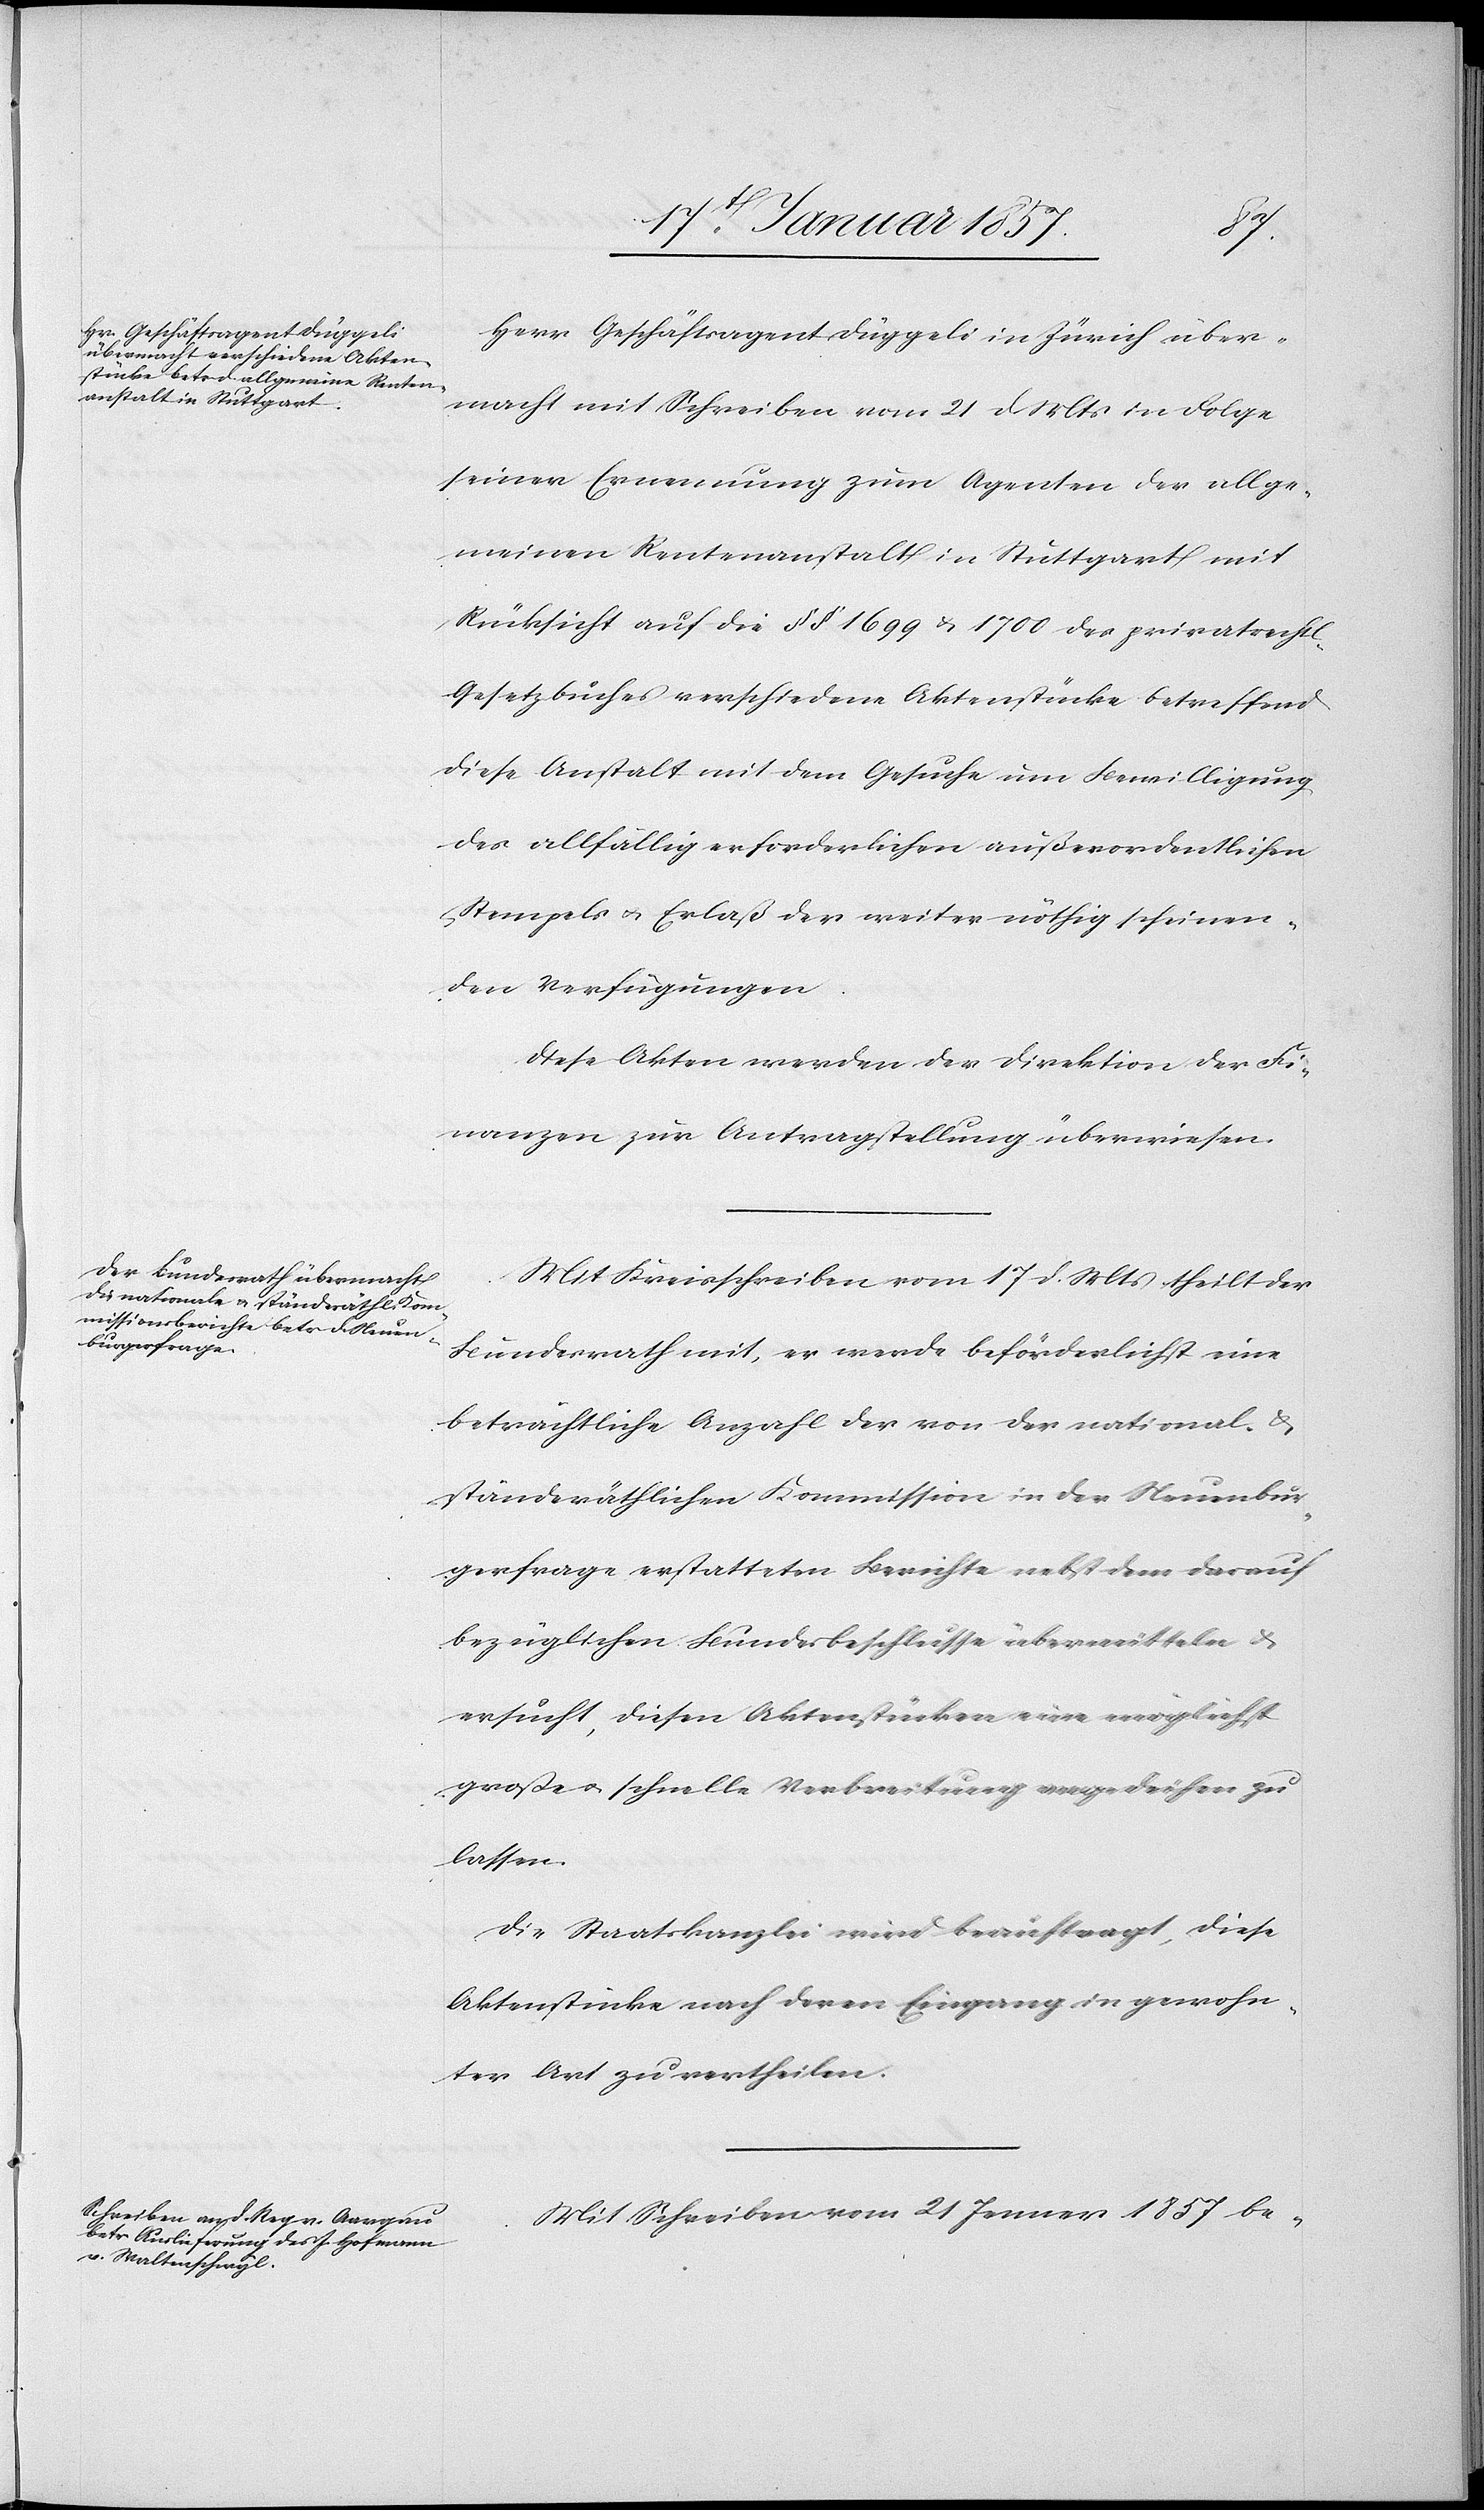
1875.]
Herr Geschäftsagent Düggeli in Zürich über¬
macht mit Schreiben vom 21 d Mts in Folge
seiner Ernennung zum Agenten der allge¬
meinen Rentenanstalt in Stuttgart mit
Rücksicht auf die §§ 1699 & 1700 des privatrechtl.
Gesetzbuches verschiedene Aktenstücke betreffend
diese Anstalt mit dem Gesuche um Bewilligung
des allfällig erforderlichen außerordentlichen
Stempels & Erlaß der weiter nöthig scheinen¬
den Verfügungen.
Diese Akten werden der Direktion der Fi¬
nanzen zur Antragstellung überwiesen.
Mit Kreisschreiben vom 17 d. Mts theilt der
Bundesrath mit, er werde beförderlichst eine
beträchtliche Anzahl der von der national- &
ständeräthlichen Kommission in der Neuenbur¬
gerfrage erstatteten Berichte nebst dem darauf
bezüglichen Bundesbeschlusse übermitteln &
ersucht, diesen Aktenstücken eine möglichst
große u. schnelle Verbreitung angedeihen zu
lassen.
Die Staatskanzlei wird beauftragt, diese
Aktenstücke nach deren Eingang in gewohn¬
ter Art zu vertheilen.
Mit Schreiben vom 21 Januar 1857 be-